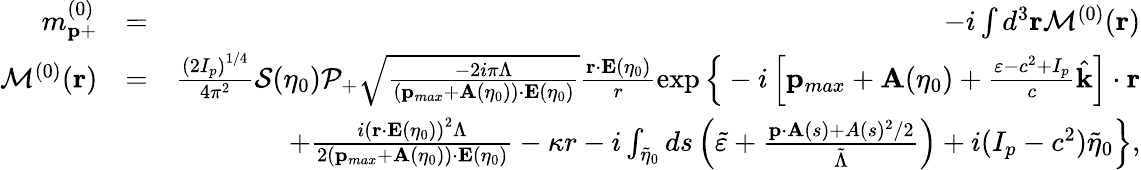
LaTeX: \begin{array}{rlr}{m_{\mathbf{p}+}^{(0)}}&{=}&{-i\int d^{3}\mathbf{r}{\cal M}^{(0)}(\mathbf{r})}\\ {{\cal M}^{(0)}(\mathbf{r})}&{=}&{\frac{\left(2I_{p}\right)^{1/4}}{4\pi^{2}}{\cal S}(\eta_{0}){\cal P}_{+}\sqrt{\frac{-2i\pi\Lambda}{\left(\mathbf{p}_{max}+\mathbf{A}(\eta_{0})\right)\cdot\mathbf{E}(\eta_{0})}}\frac{\mathbf{r}\cdot\mathbf{E}(\eta_{0})}{r}\exp\Big\{ -i\left[\mathbf{p}_{max}+\mathbf{A}(\eta_{0})+\frac{\varepsilon-c^{2}+I_{p}}{c}\hat{\mathbf{k}}\right]\cdot\mathbf{r}}\\ &{}&{+\frac{i\left(\mathbf{r}\cdot\mathbf{E}(\eta_{0})\right)^{2}\Lambda}{2(\mathbf{p}_{max}+\mathbf{A}(\eta_{0}))\cdot\mathbf{E}(\eta_{0})}-\kappa r-i\int_{\tilde{\eta}_{0}}ds\left(\tilde{\varepsilon}+\frac{\mathbf{p}\cdot\mathbf{A}(s)+A(s)^{2}/2}{\tilde{\Lambda}}\right)+i(I_{p}-c^{2})\tilde{\eta}_{0}\Big\} ,}\end{array}